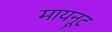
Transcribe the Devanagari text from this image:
मायनूट